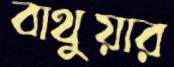
বাথুয়ার